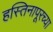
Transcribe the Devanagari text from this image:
हस्तिनापूरच्या